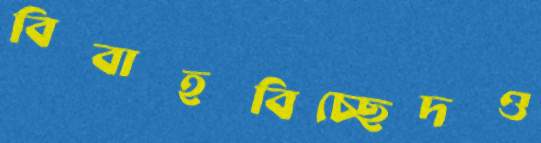
বিবাহবিচ্ছেদও